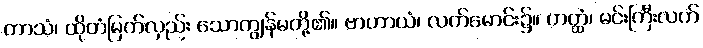
တာသံ၊ ထိုတံမြက်လှည်း သောကျွန်မတို့၏။ ဗာဟာယံ၊ လက်မောင်း၌။ ဟတ္ထံ၊ မင်းကြီးလက်